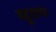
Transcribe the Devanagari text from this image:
बहूतायत